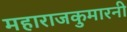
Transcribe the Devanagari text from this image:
महाराजकुमारनी